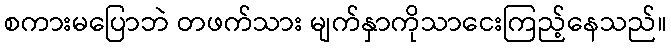
စကားမပြောဘဲ တဖက်သား မျက်နှာကိုသာငေးကြည့်နေသည်။